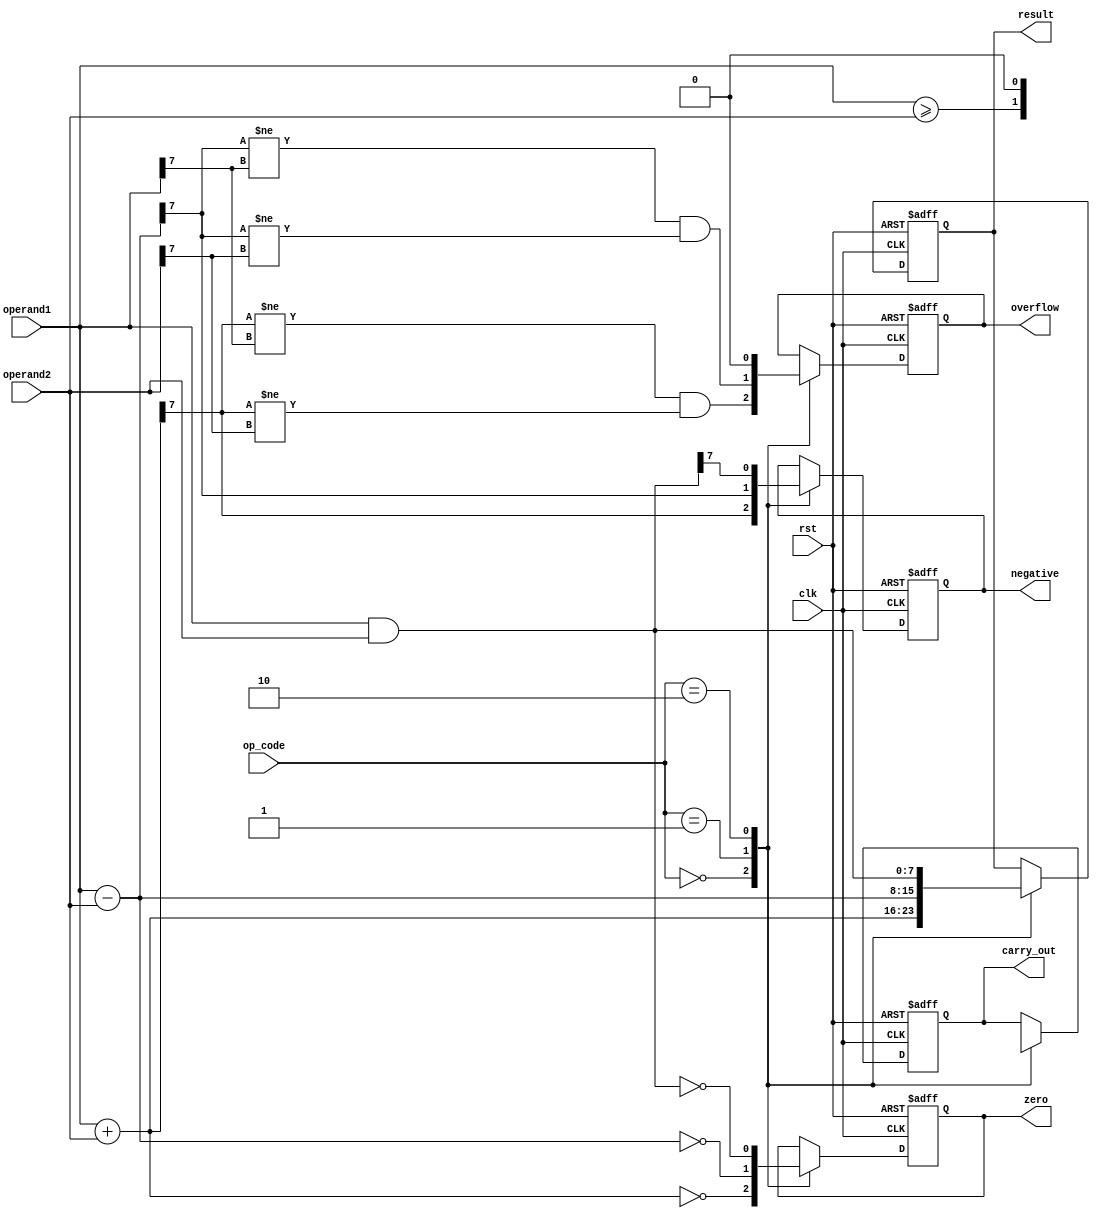
module ALU (
    input [7:0] operand1, operand2,
    input [2:0] op_code,
    input clk,
    input rst,
    output reg [7:0] result,
    output reg carry_out,
    output reg overflow,
    output reg zero,
    output reg negative
);

reg [7:0] add_result, sub_result, and_result, or_result, xor_result, shift_result;

always @ (posedge clk or posedge rst) begin
    if (rst) begin
        result <= 8'b0;
        carry_out <= 1'b0;
        overflow <= 1'b0;
        zero <= 1'b0;
        negative <= 1'b0;
    end
    else begin
        case (op_code)
            3'b000: begin // Addition
                add_result = operand1 + operand2;
                result = add_result;
                carry_out = (add_result[8] == 1);
                overflow = (result[7] != operand1[7] && result[7] != operand2[7]);
                zero = (result == 8'b0);
                negative = result[7];
            end
            3'b001: begin // Subtraction
                sub_result = operand1 - operand2;
                result = sub_result;
                carry_out = (operand1 >= operand2);
                overflow = (result[7] != operand1[7] && result[7] != operand2[7]);
                zero = (result == 8'b0);
                negative = result[7];
            end
            3'b010: begin // AND operation
                and_result = operand1 & operand2;
                result = and_result;
                carry_out = 1'b0;
                overflow = 1'b0;
                zero = (result == 8'b0);
                negative = result[7];
            end
            // Add cases for OR, XOR, shifting, and comparison operations
            // Control logic for selecting operations based on op_code
        endcase
    end
end

endmodule